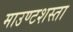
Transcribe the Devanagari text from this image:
माउण्टशस्ता